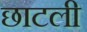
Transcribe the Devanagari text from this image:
छाटली